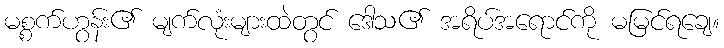
မစ္စက်ဟွန်း၏ မျက်လုံးများထဲတွင် ဒေါသ၏ အရိပ်အရောင်ကို မမြင်ရချေ။